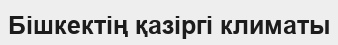
Бішкектің қазіргі климаты